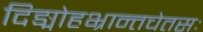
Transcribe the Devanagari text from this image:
दिङ्मोहभ्रान्तचेतसः